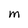
Character: M